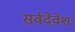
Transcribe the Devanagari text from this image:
सर्वदेवेश